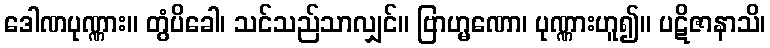
ဒေါဏပုဏ္ဏား။ တွံပိခေါ၊ သင်သည်သာလျှင်။ ဗြာဟ္မဏော၊ ပုဏ္ဏားဟူ၍။ ပဋိဇာနာသိ၊